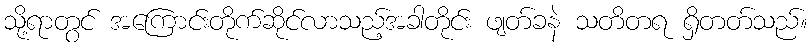
သို့ရာတွင် အကြောင်းတိုက်ဆိုင်လာသည့်အခါတိုင်း ဖျတ်ခနဲ သတိတရ ရှိတတ်သည်။